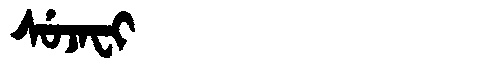
Manchu: ᠰᡠᠵᠠᠸᡳ
Romanization: SUJAFI